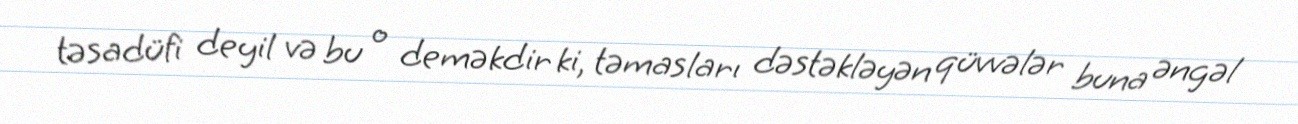
təsadüfi deyil və bu o deməkdir ki, təmasları dəstəkləyən qüvvələr buna əngəl